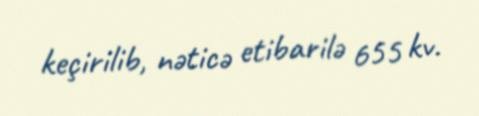
keçirilib, nəticə etibarilə 655 kv.